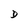
Character: D